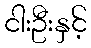
ငါးဦးနှင့်